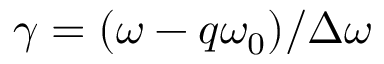
\gamma = ( \omega - q \omega _ { 0 } ) / \Delta \omega